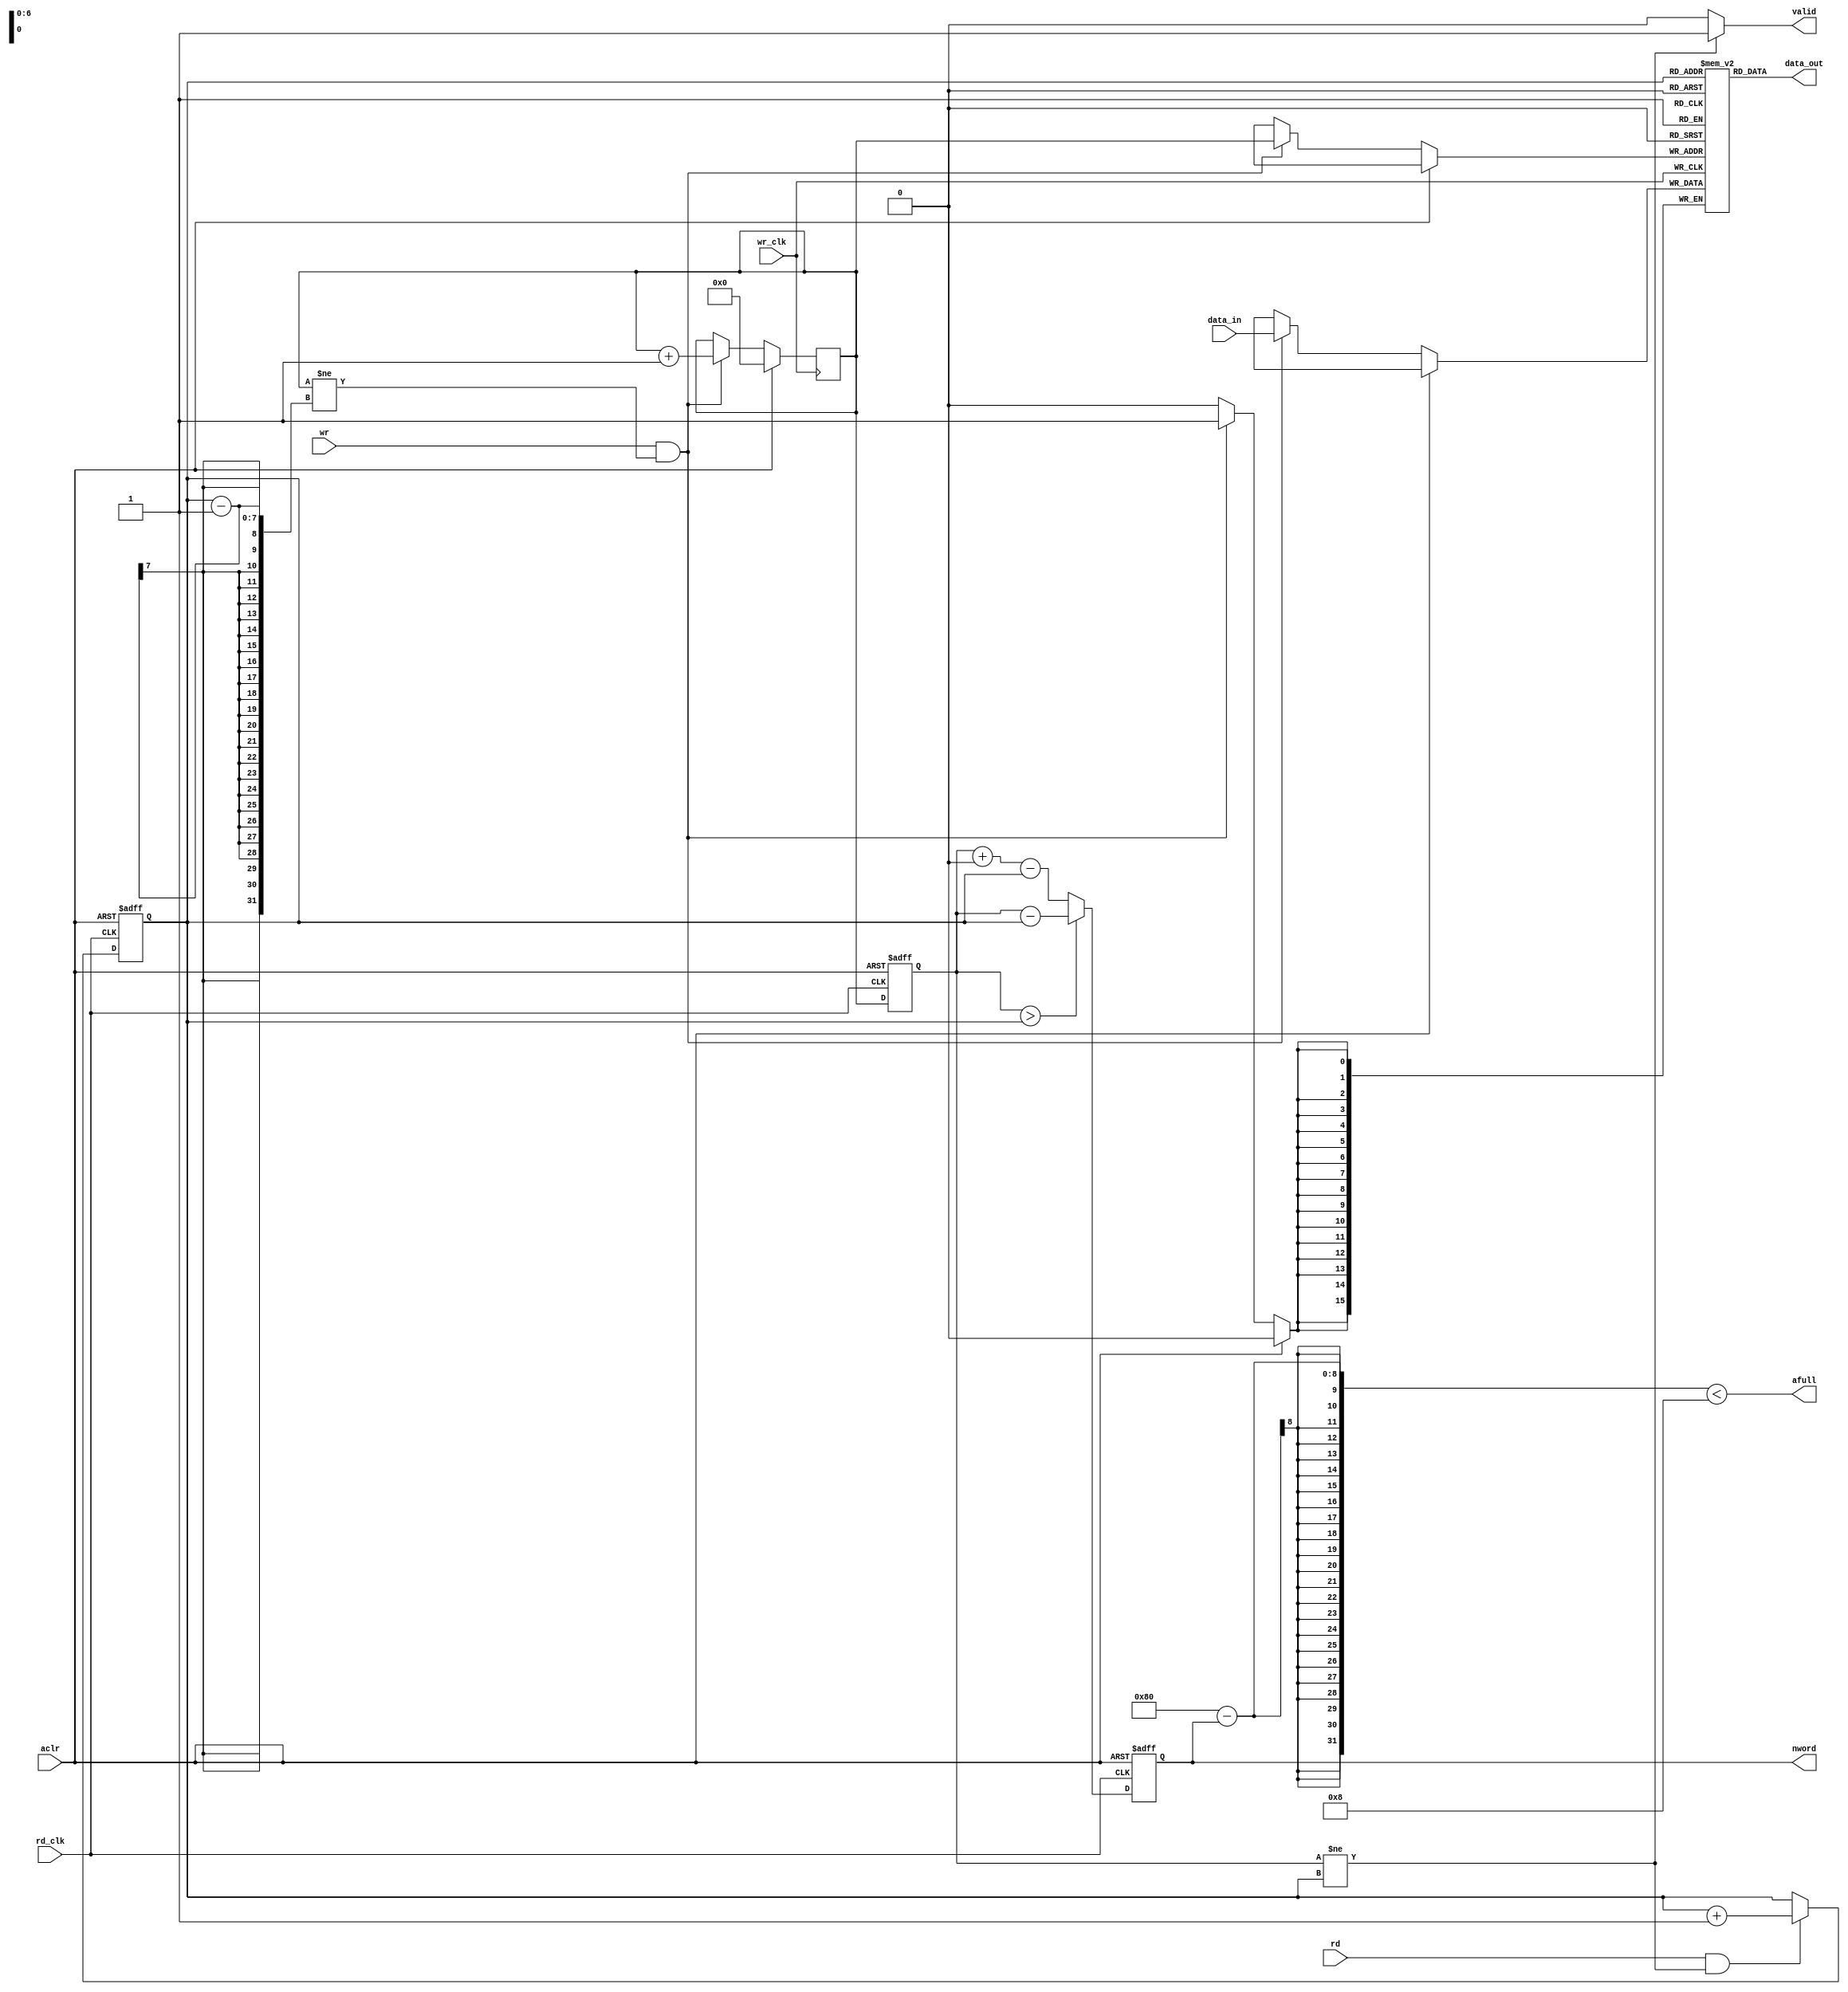
//--------------------------------------------------------------------------------------------------
// Copyright (C) 2013-2017 qiu bin 
// All rights reserved   
// Design    : bitstream_p
// Author(s) : qiu bin
// Phone 15957074161
// QQ:1517642772             
//-------------------------------------------------------------------------------------------------

module dc_fifo_async_read
(
	aclr,

	wr_clk,
	wr,
	data_in,
	afull,
		
	rd_clk,
	rd,
	data_out,
	nword,
	valid
);
parameter addr_bits = 7;
parameter data_bits = 16;
input  aclr;
input  wr_clk;
input  wr;
input  [data_bits-1:0] data_in;
output afull;

input  rd_clk;
input  rd;
output [data_bits-1:0] data_out;
output [addr_bits-1:0] nword;
output valid;

reg [data_bits-1:0] data_out;

reg [addr_bits-1:0] wr_addr;
reg [data_bits-1:0] wr_data[0: (1 << addr_bits) - 1];

reg [addr_bits-1:0] rd_addr;
reg [addr_bits-1:0] wr_addr_s;
reg [addr_bits-1:0] nword;
reg valid;

always @(posedge wr_clk)
if (aclr) 
	wr_addr <= 0;
else if (wr && (wr_addr != rd_addr - 1)) begin
	wr_addr <= wr_addr + 1;
	wr_data[wr_addr] <= data_in;
end

always @(posedge rd_clk or posedge aclr)
if (aclr)
	wr_addr_s <= 0;
else 
	wr_addr_s <= wr_addr;

always @(posedge rd_clk or posedge aclr)
if (aclr)
	nword <= 0;
else 
	nword <= wr_addr_s > rd_addr ? wr_addr_s - rd_addr : wr_addr_s + (1 << addr_bits)- rd_addr ;

always @(posedge rd_clk or posedge aclr)
if (aclr) begin
	rd_addr <= 0;
end
else if (rd && wr_addr_s != rd_addr) begin
	rd_addr <= rd_addr + 1;
end

always @(*)
	data_out <= wr_data[rd_addr];


always @(*)
if (wr_addr_s != rd_addr)
	valid <= 1;
else
	valid <= 0;
	

assign afull = (1 << addr_bits) - nword < 8;

//synopsys translate_off
always @(posedge wr_clk)
if (wr && (wr_addr == rd_addr - 1))
	$display("%t : %m, write while fifo is full", $time);

always @(posedge rd_clk)
if (rd && wr_addr_s == rd_addr)
	$display("%t : %m, read while fifo is empty", $time);
//synopsys translate_on

endmodule